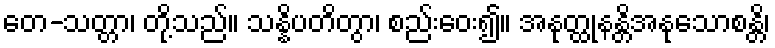
တေ-သတ္တာ၊ တို့သည်။ သန္နိပတိတွာ၊ စည်းဝေး၍။ အနုတ္ထုနန္တိအနုသောစန္တိ၊